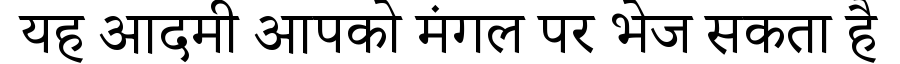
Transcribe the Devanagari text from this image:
यह आदमी आपको मंगल पर भेज सकता है